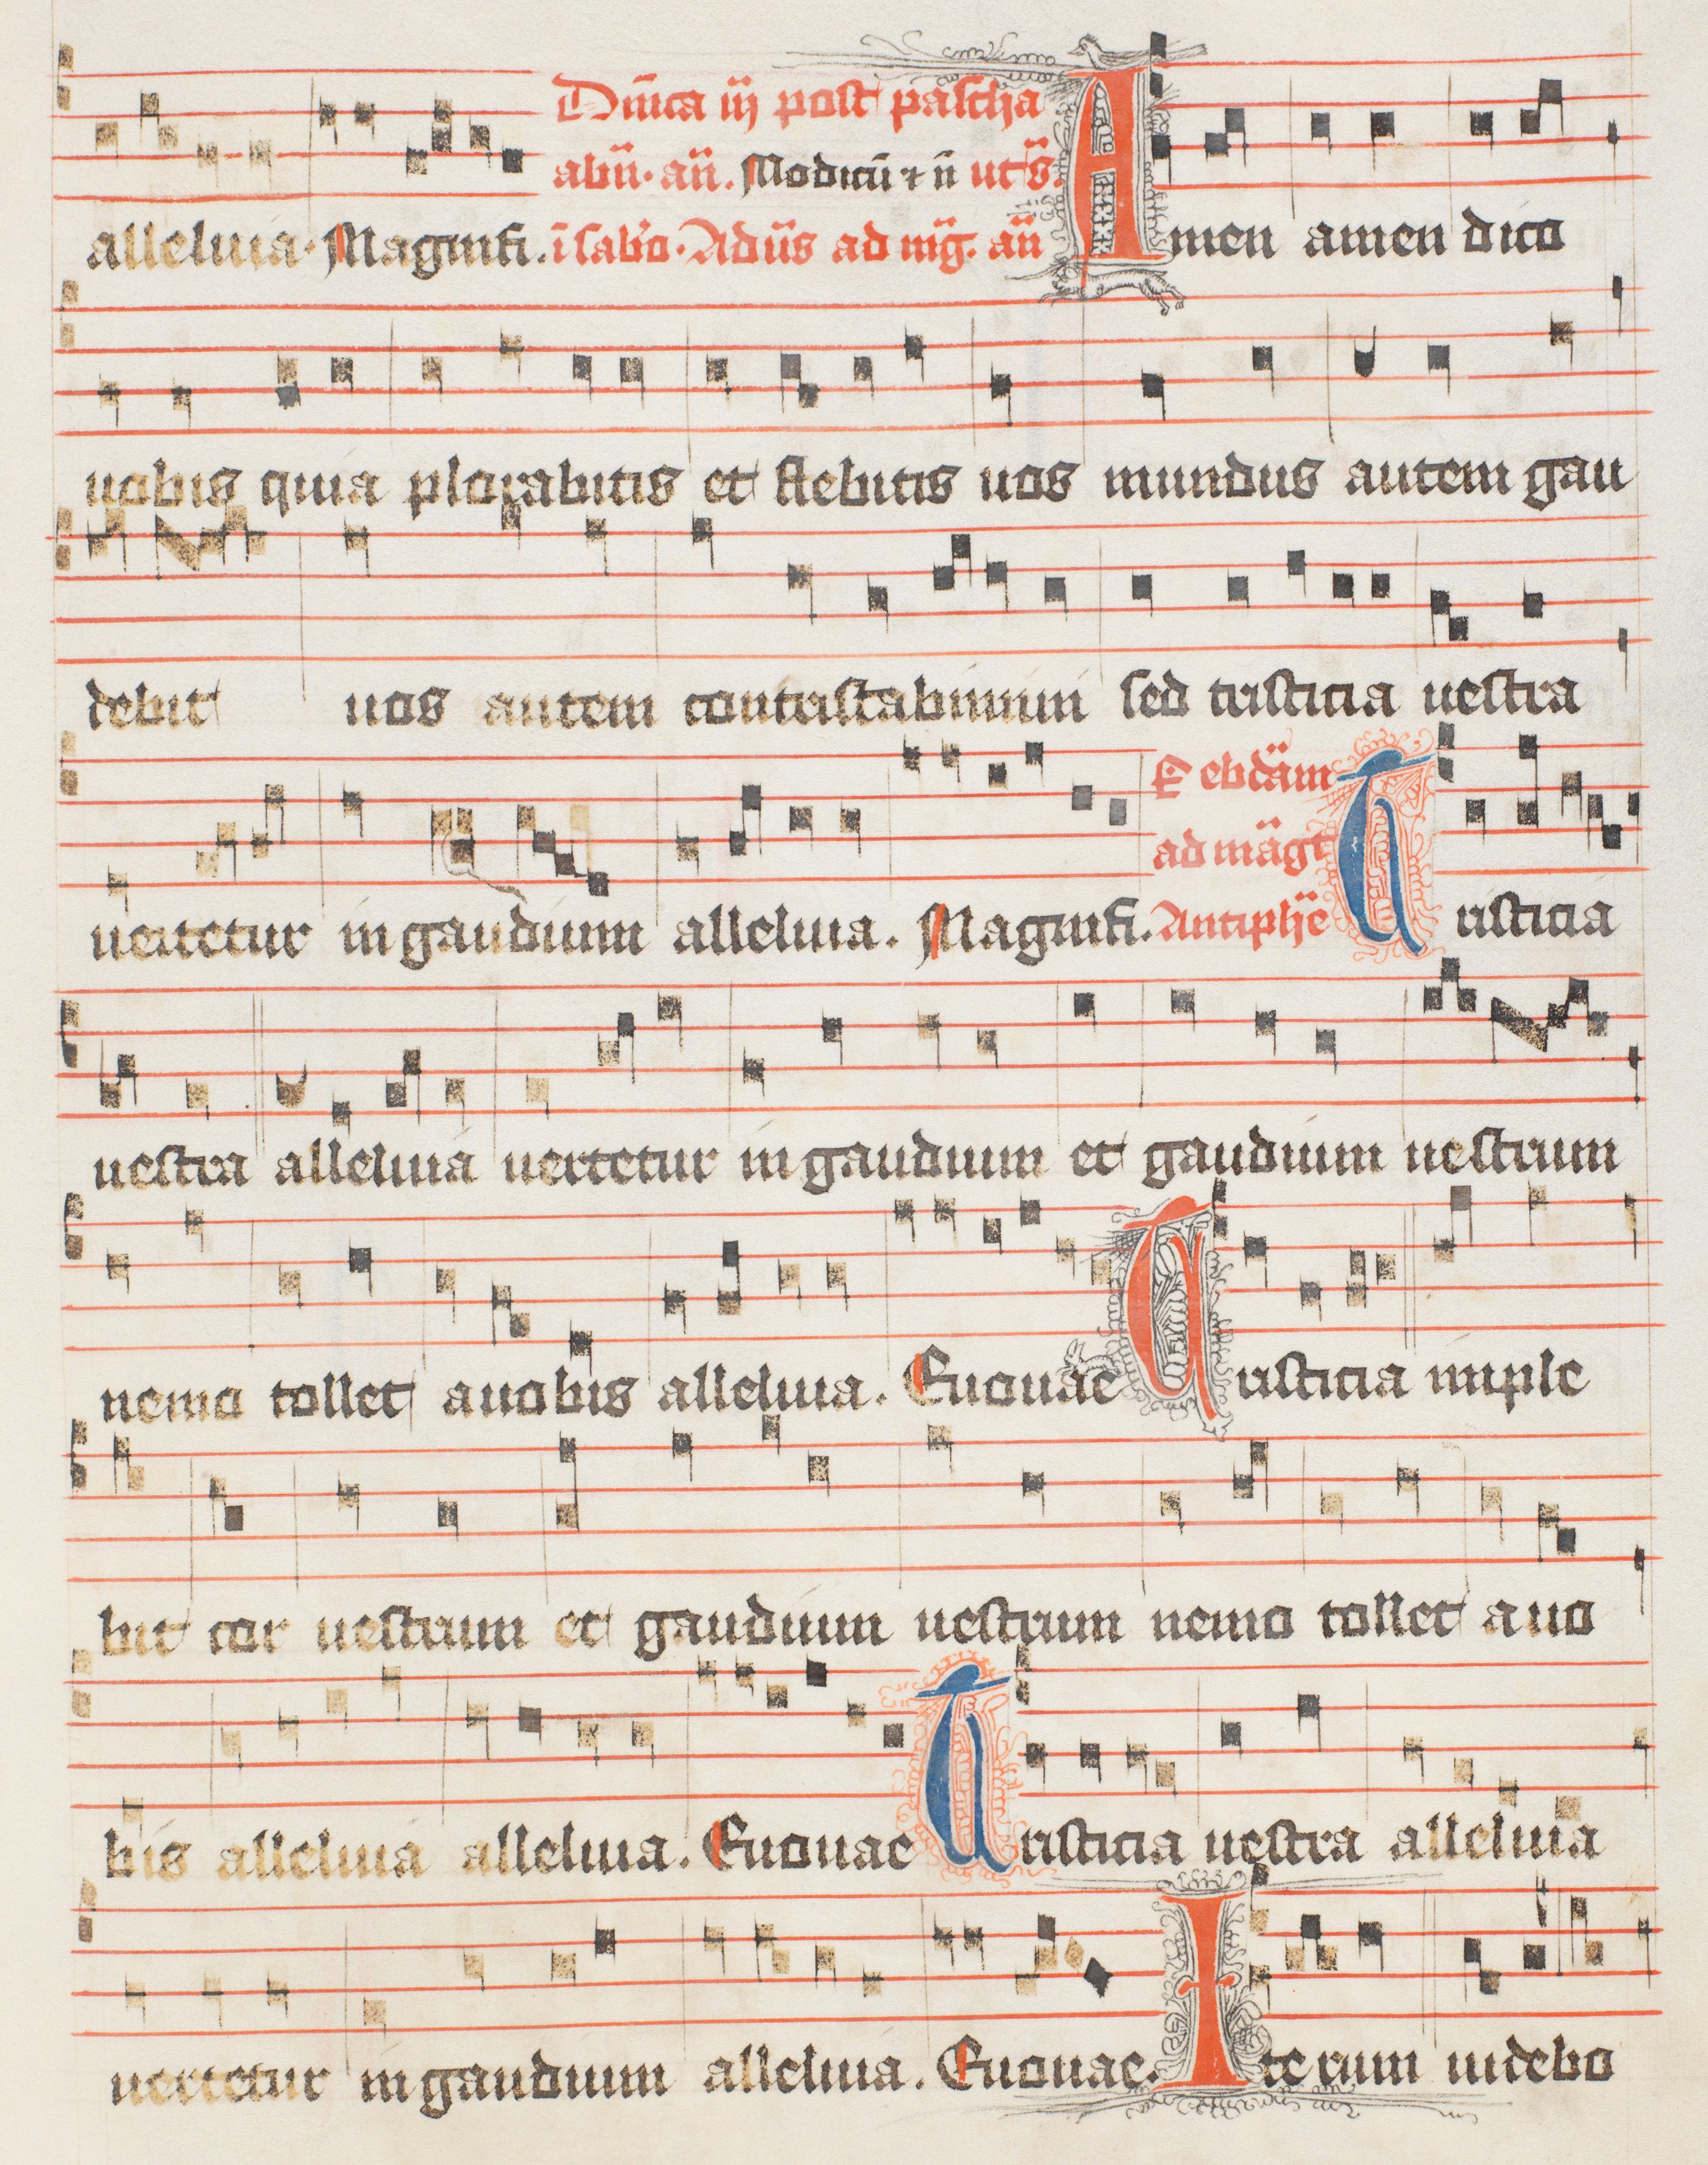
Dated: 1488–1488